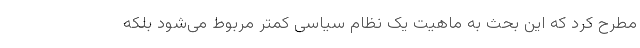
مطرح کرد که این بحث به ماهیت یک نظام سیاسی کمتر مربوط می­شود بلکه